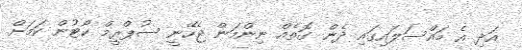
އަދި އެ މައްސަލައިގައި ދެން ގޮތެއް ނިންމަން ޖެހޭނީ ސުޕްރީމް ކޯޓުން ކަމަށް